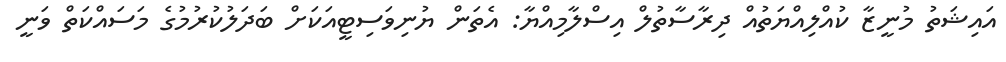
އައިޝަތު މުނީޒާ ކުއްލިއްޔަތުއް ދިރާސާތުލް އިސްލާމިއްޔާ: އެތަން ޔުނިވަސިޓީއަކަށް ބަދަލުކުރުމުގެ މަސައްކަތް ވަނީ